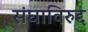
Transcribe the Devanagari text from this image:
संघाविरुद्द